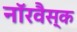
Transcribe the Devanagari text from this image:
नॉरवैस्क